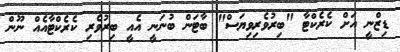
ޑިޒްނީ އަށް ކެރެކްޓާ "ބިރުވެރިވިޔަސް" ބާޓަން ބުނަނީ އެއީ ބިރުވެރި ކެރެކްޓާއެއް ނޫން